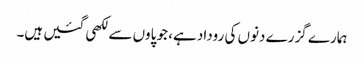
ہمارے گزرے دنوں کی روداد ہے، جو پاوں سے لکھی گئیں ہیں۔